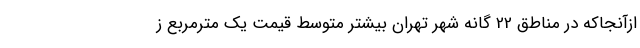
ازآنجاکه در مناطق 22 گانه شهر تهران بیشتر متوسط قیمت یک مترمربع ز